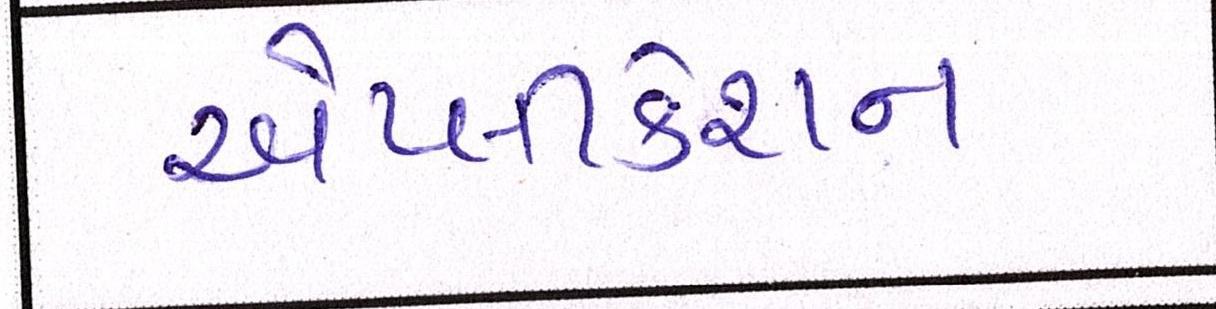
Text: એપ્લીકેશન